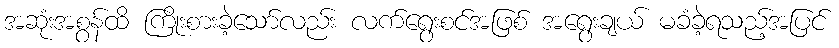
အဆုံးအစွန်ထိ ကြိုးစားခဲ့သော်လည်း လက်ရွေးစင်အဖြစ် အရွေးချယ် မခံခဲ့ရသည့်အပြင်